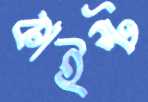
কাইস্ট